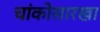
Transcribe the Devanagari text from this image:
चांकोसारखा